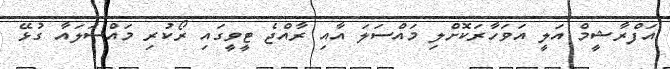
އަފްރާޝީމް އަލީ އަވަހާރަކޮށްލި މައްސަލަ އާއި ރާއްޖެ ޓީވީގައި ރޯކުރި މައްސަލައާ ގުޅޭ